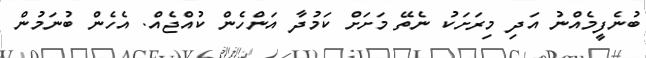
ބުނެފީމެއްނު އަދި މިރަށަކު ނެތޭ މަށަށް ކަމުދާ އަންހެން ކުއްޖެއް. އެހެން ބުނަމުން